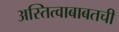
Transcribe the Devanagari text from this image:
अस्तित्वाबाबतची